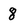
Character: 8